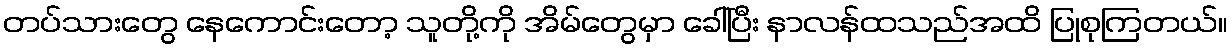
တပ်သားတွေ နေကောင်းတော့ သူတို့ကို အိမ်တွေမှာ ခေါ်ပြီး နာလန်ထသည်အထိ ပြုစုကြတယ်။